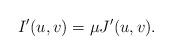
LaTeX: \begin{align*}I'(u,v)=\mu J'(u,v).\end{align*}